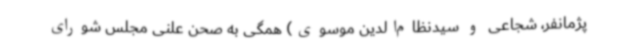
پژمانفر، شجاعی و سیدنظام‌الدین موسوی) همگی به صحن علنی مجلس شورای